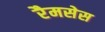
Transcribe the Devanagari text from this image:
रैमसेस